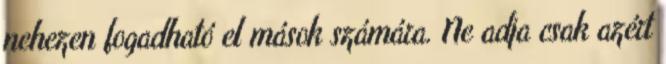
nehezen fogadható el mások számára. Ne adja csak azért